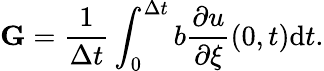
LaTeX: \mathbf{G}=\frac{1}{\Delta t}\int_{0}^{\Delta t}b\frac{\partial u}{\partial\xi}(0,t)\mathrm{d}t.